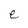
Character: e